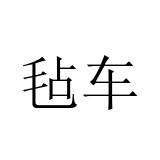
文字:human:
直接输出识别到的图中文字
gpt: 毡车